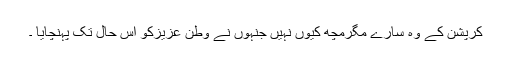
کرپشن کے وہ سارے مگرمچھ کیوں نہیں جنہوں نے وطنِ عزیزکو اِس حال تک پہنچایا ۔